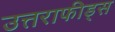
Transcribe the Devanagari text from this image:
उत्तराफीड्स